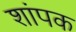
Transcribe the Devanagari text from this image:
शांपक